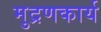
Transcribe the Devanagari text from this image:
मुद्रणकार्य